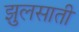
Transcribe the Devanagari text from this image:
झुलसाती